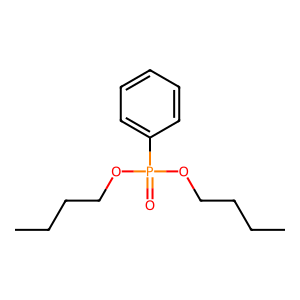
SMILES: CCCCOP(=O)(OCCCC)c1ccccc1
Inhibits HIV replication: No